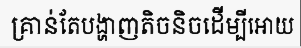
គ្រាន់តែបង្ហាញតិចនិចដើម្បីអោយ